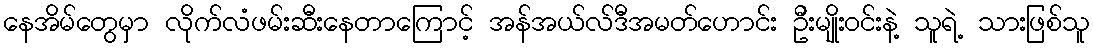
နေအိမ်တွေမှာ လိုက်လံဖမ်းဆီးနေတာကြောင့် အန်အယ်လ်ဒီအမတ်ဟောင်း ဦးမျိုးဝင်းနဲ့ သူရဲ့ သားဖြစ်သူ